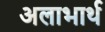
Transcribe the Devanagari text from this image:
अलाभार्थ